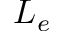
L _ { e }